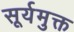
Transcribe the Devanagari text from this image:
सूर्यमुक्त